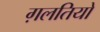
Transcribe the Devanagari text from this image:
ग़लतियो